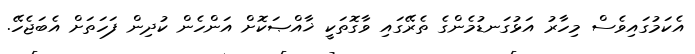
އެކަމުގައިވެސް މިހާރު އަޅުގަނޑުމެންގެ ތެރޭގައި ވާގޮތަކީ ޚާއްޞަކޮށް އަންހެން ކުދިން ފަހަތަށް އެބަޖެހޭ.